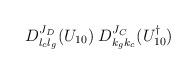
LaTeX: \begin{align*}D^{J_D}_{l_cl_g}(U_{10})\;D^{J_C}_{k_gk_c}(U_{10}^\dagger)\end{align*}